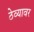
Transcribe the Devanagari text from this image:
ठेव्यावर